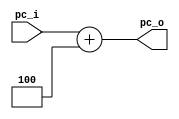
module Add4(
    input [31 : 0] pc_i,
    output [31 : 0] pc_o
);

assign pc_o = pc_i + 4;

endmodule